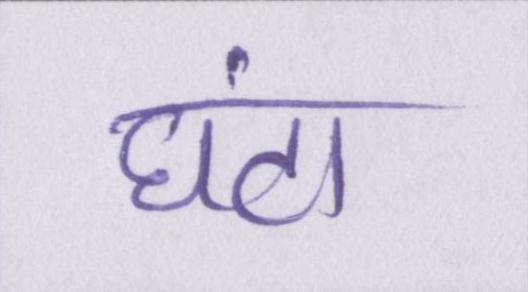
घंटा